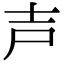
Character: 𡔜